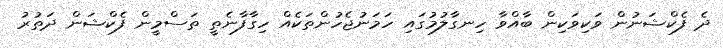
ދެ ފެކްޝަނުން ވަކިވަކިން ބާއްވާ ހިނގާލުމުގައި ހަމަނުޖެހުންތަކެއް ހިގާފާނެތީ ތަސްމީން ފެކްޝަން ދަތުރު